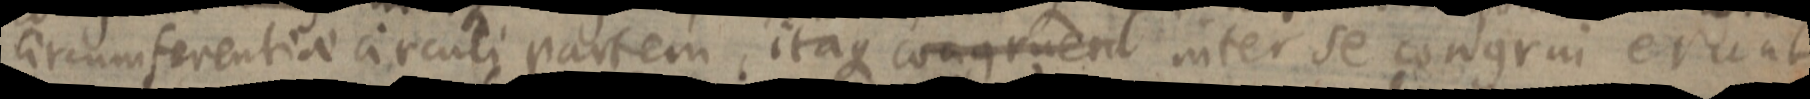
circumferentiae circuli partem, itaque congruent inter se congrui erunt